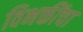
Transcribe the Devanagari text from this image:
विभक्तींचा